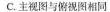
C.主视图与俯视图相同